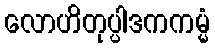
လောဟိတုပ္ပါဒကကမ္မံ